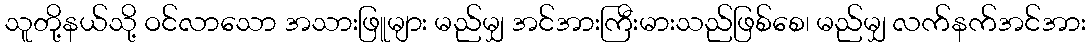
သူတို့နယ်သို့ ဝင်လာသော အသားဖြူများ မည်မျှ အင်အားကြီးမားသည်ဖြစ်စေ၊ မည်မျှ လက်နက်အင်အား